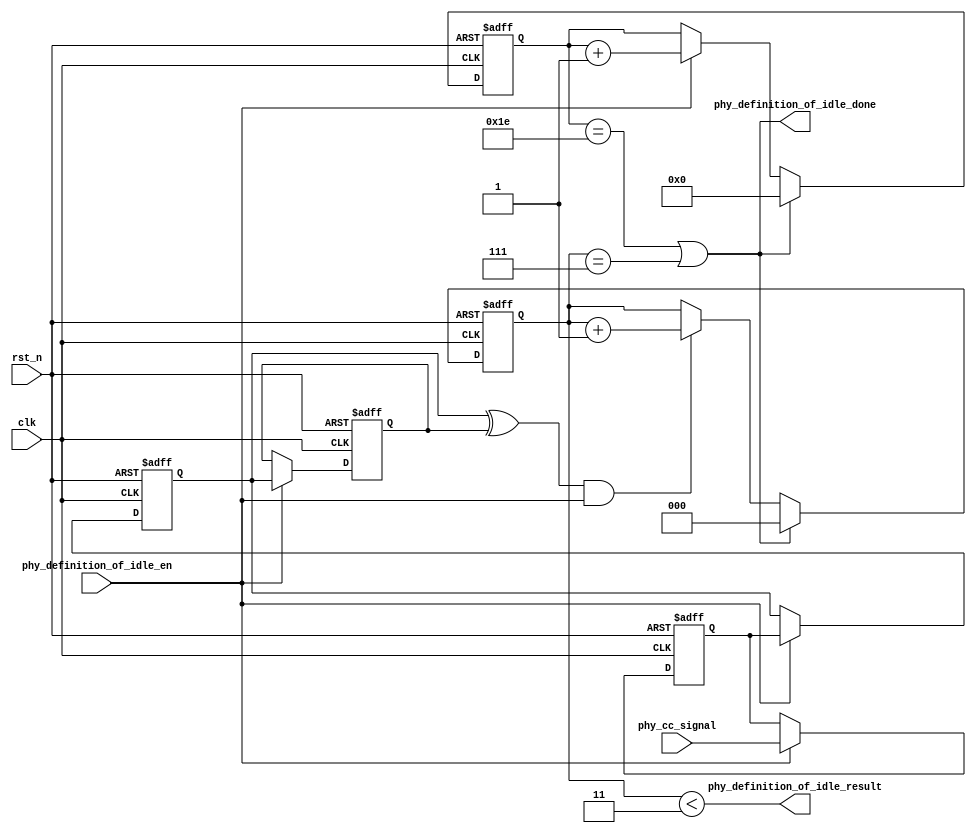
`timescale 1ns / 1ps
//////////////////////////////////////////////////////////////////////////////////
// Company: 
// Engineer: 
// 
// Design Name: 
// Module Name:    definition_of_idle 
// Project Name: 
// Target Devices: 
// Tool versions: 
// Description: 
//
// Dependencies: 
//
// Revision: 
// Revision 0.01 - File Created
// Additional Comments: 
//
//////////////////////////////////////////////////////////////////////////////////
module phy_definition_of_idle(
    clk,
    rst_n,

    phy_cc_signal,

    phy_definition_of_idle_en,
    phy_definition_of_idle_done,
    phy_definition_of_idle_result
    );

input     clk;
input     rst_n;

input     phy_cc_signal;        

input     phy_definition_of_idle_en;        
output    phy_definition_of_idle_done;        
output    phy_definition_of_idle_result;        

localparam CC_IDLE_PERIOD = 10'd30;
localparam CC_IDLE_LIMIT  = 3'd3;

wire      phy_definition_of_idle_cnt_done;
reg       [9:0] phy_definition_of_idle_cnt;

reg       cc_signal_dly1;
reg       cc_signal_dly2;
reg       cc_signal_dly3;
wire      cc_signal_trans_dege;
reg       [2:0] cc_signal_trans_dege_cnt;



always @(posedge clk or negedge rst_n) begin
       if(!rst_n) begin
              phy_definition_of_idle_cnt <= 10'h0;
       end
       else  if(phy_definition_of_idle_done) begin
              phy_definition_of_idle_cnt <= 10'h0;
       end
       else  if(phy_definition_of_idle_en) begin
              phy_definition_of_idle_cnt <= phy_definition_of_idle_cnt + 1'h1;
       end
end


assign  phy_definition_of_idle_cnt_done   = (phy_definition_of_idle_cnt == CC_IDLE_PERIOD);





always @(posedge clk or negedge rst_n) begin
       if(!rst_n) begin
              cc_signal_dly1 <= 1'b1;
              cc_signal_dly2 <= 1'b1;
              cc_signal_dly3 <= 1'b1;
       end
       else if(phy_definition_of_idle_en) begin
              cc_signal_dly1 <= phy_cc_signal;
              cc_signal_dly2 <= cc_signal_dly1;
              cc_signal_dly3 <= cc_signal_dly2;
       end
end


assign  cc_signal_trans_dege   = cc_signal_dly2 ^ cc_signal_dly3;


always @(posedge clk or negedge rst_n) begin
       if(!rst_n) begin
              cc_signal_trans_dege_cnt <= 3'h0;
       end
       else  if(phy_definition_of_idle_done) begin
              cc_signal_trans_dege_cnt <= 3'h0;
       end
       else  if(cc_signal_trans_dege && phy_definition_of_idle_en) begin
              cc_signal_trans_dege_cnt <= cc_signal_trans_dege_cnt + 1'h1;
       end
end



assign  phy_definition_of_idle_done     = phy_definition_of_idle_cnt_done || (cc_signal_trans_dege_cnt == 3'h7);
assign  phy_definition_of_idle_result   = (cc_signal_trans_dege_cnt < CC_IDLE_LIMIT);



endmodule